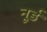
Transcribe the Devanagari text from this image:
नूर्ड